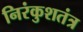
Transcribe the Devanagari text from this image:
निरंकुशतंत्र